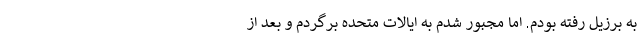
به برزیل رفته بودم. اما مجبور شدم به ایالات متحده برگردم و بعد از